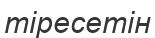
тіресетін